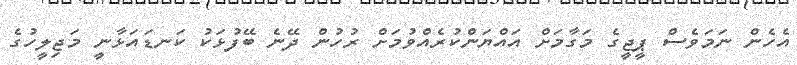
އެހެން ނަމަވެސް ޕީޖީގެ މަގާމަށް އައްޔަންކުރެއްވުމަށް ރުހުން ދޭނެ ބޭފުޅަކު ކަނޑައަޅާނީ މަޖިލީހުގެ